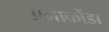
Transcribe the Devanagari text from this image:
अनाकोंडा